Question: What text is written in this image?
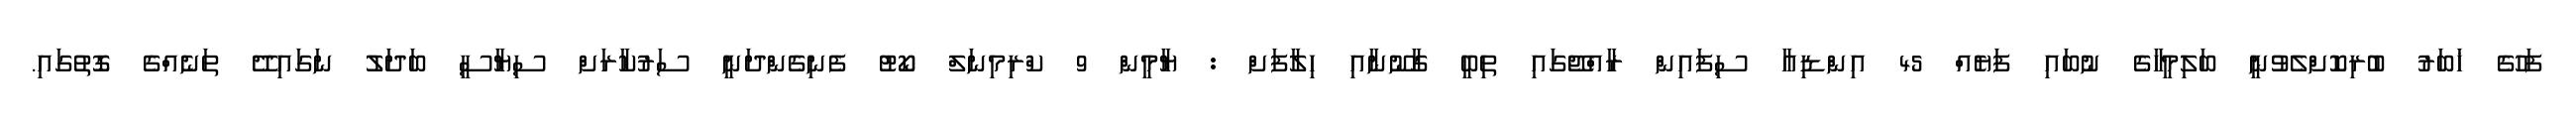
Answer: ފަހުގެ ޚަބަރު ބުރިކޮށްލެވުނީ ބަލިމީހާގެ ނުބައި ފަޔެއް 45 އިންޑިއާ ސިފައިން ރާއްޖޭގައި ތިބީ ގާނޫނާއި ހިލާފަށް : ޔާމީން 9 ކްރިމިނަލް ކޯޓު ފެނިގެންދަނީ ސަރުކާރަށް ސިޔާސީ ބަދަލު ނަގައިދޭ ތަނެއްގެ ގޮތުގައި.